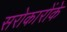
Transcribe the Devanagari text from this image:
सरोकारोंके